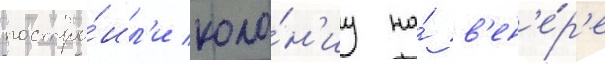
постро́ил'и коло́н'иу на́ в'ен'е́р'е